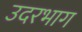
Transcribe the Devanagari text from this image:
उदरभाग